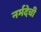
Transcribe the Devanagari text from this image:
नर्मदेची